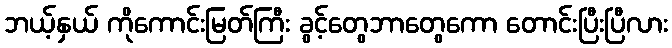
ဘယ့်နှယ် ကိုကောင်းမြတ်ကြီး ခွင့်တွေဘာတွေကော တောင်းပြီးပြီလား